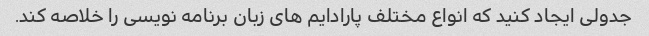
جدولی ایجاد کنید که انواع مختلف پارادایم های زبان برنامه نویسی را خلاصه کند.